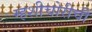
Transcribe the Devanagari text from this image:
म्हशीचोरीची